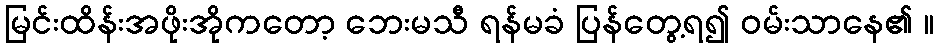
မြင်းထိန်းအဖိုးအိုကတော့ ဘေးမသီ ရန်မခံ ပြန်တွေ့ရ၍ ဝမ်းသာနေ၏ ။